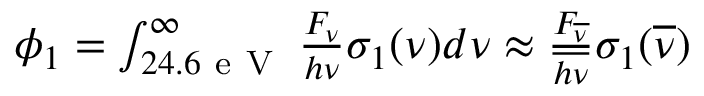
\begin{array} { r } { \phi _ { 1 } = \int _ { 2 4 . 6 \mathrm { ~ e ~ V ~ } } ^ { \infty } \frac { F _ { \nu } } { h \nu } \sigma _ { 1 } ( \nu ) d \nu \approx \frac { F _ { \overline { { \nu } } } } { \overline { { h \nu } } } \sigma _ { 1 } ( \overline { { \nu } } ) } \end{array}